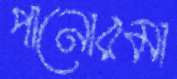
পানোরমা